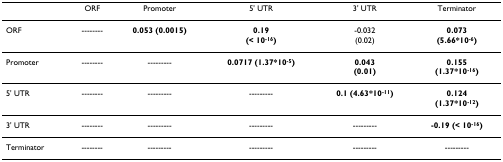
|  | ORF | Promoter | 5' UTR | 3' UTR | Terminator |
 | --- | --- | --- | --- | --- | --- |
 | ORF | -------- | 0.053 (0.0015) | 0.19(< 10-16) | -0.032(0.02) | 0.073(5.66*10-6) |
 | Promoter | -------- | --------- | 0.0717 (1.37*10-5) | 0.043(0.01) | 0.155(1.37*10-16) |
 | 5' UTR | -------- | --------- | --------- | 0.1 (4.63*10-11) | 0.124(1.37*10-12) |
 | 3' UTR | -------- | --------- | --------- | --------- | -0.19 (< 10-16) |
 | Terminator | -------- | --------- | --------- | --------- | --------- |